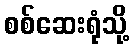
စစ်ဆေးရုံသို့